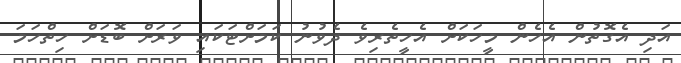
އަދި އެގޮތުން އެހެން މީހަކަށް އެހީތެރިވެ ދެވުނު ކަމަށްޓަކައި ވަރަށް ބޮޑަށް ހިތްހަމަ